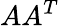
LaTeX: AA^{T}